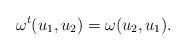
LaTeX: \begin{align*}\omega^t(u_1,u_2)=\omega(u_2,u_1).\end{align*}